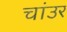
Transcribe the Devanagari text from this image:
चांउर